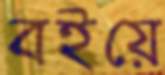
বইয়ে